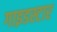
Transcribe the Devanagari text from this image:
गाइडस्टार